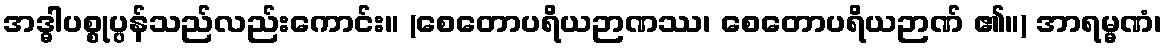
အဒ္ဓါပစ္စုပ္ပန်သည်လည်းကောင်း။ (စေတောပရိယဉာဏဿ၊ စေတောပရိယဉာဏ် ၏။) အာရမ္မဏံ၊